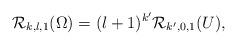
LaTeX: \begin{align*}{\mathcal R}_{k,l,1} (\Omega ) = (l+1) ^{k'} {\mathcal R}_{ k', 0,1} (U),\end{align*}